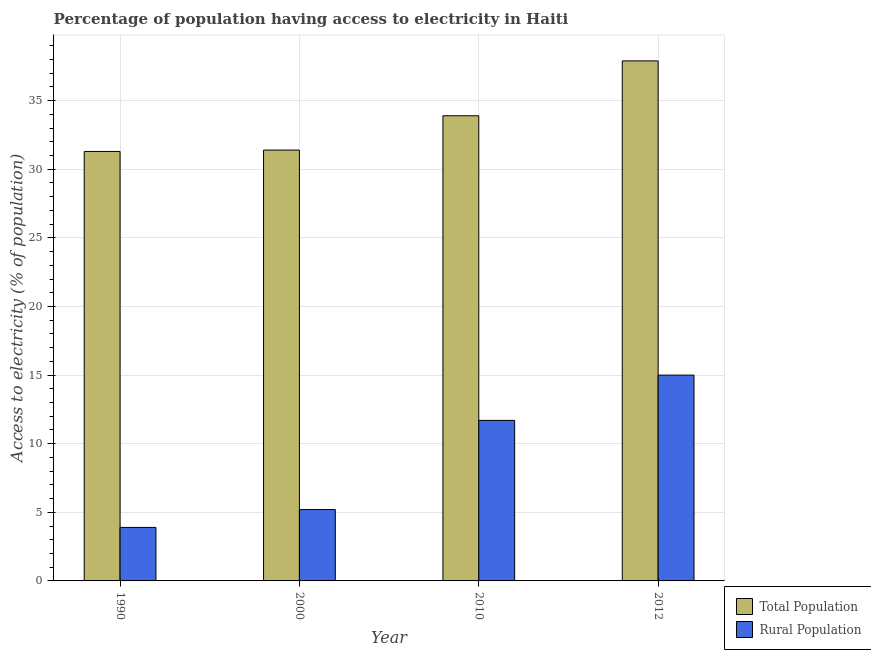
| Year | Total Population | Rural Population |
 | --- | --- | --- |
 | 1990 | 31.3 | 3.9 |
 | 2000 | 31.4 | 5.2 |
 | 2010 | 33.9 | 11.7 |
 | 2012 | 37.9 | 15 |